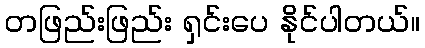
တဖြည်းဖြည်း ရှင်းပေ နိုင်ပါတယ်။